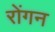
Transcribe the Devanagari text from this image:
रोंगन